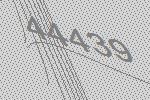
44439